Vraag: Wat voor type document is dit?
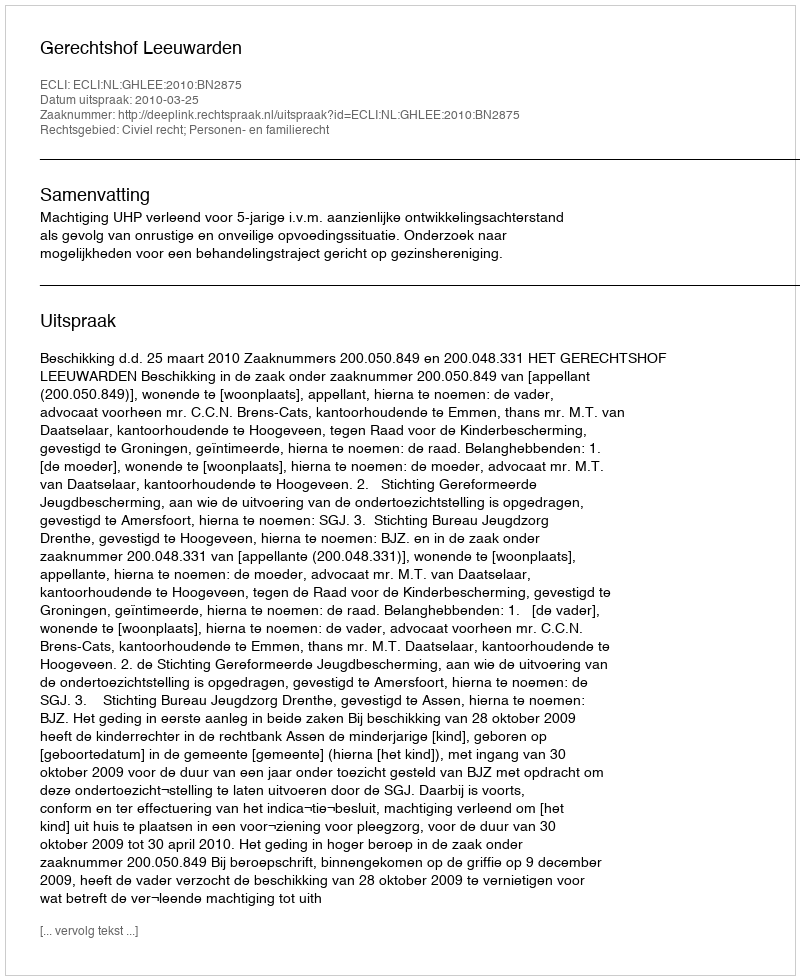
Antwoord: Uitspraak